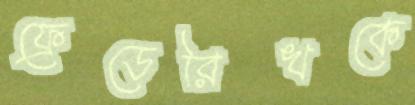
ফ্রেডেরিখকে